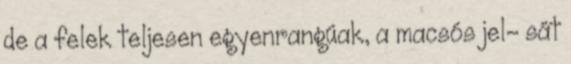
de a felek teljesen egyenrangúak, a macsós jel- sát